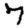
Digit: 7